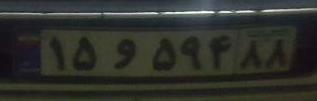
۱۵و۵۹۴۸۸